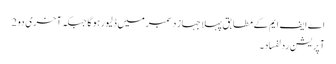
اے ایف ایم کے مطا بق پہلا جہاز دسمبر میں ڈلیور ہو گا جبکہ آخری دو 2
آپریشن ردلفساد۔